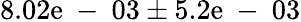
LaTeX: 8.02\mathrm{e}\mathrm{{~-~}}03\pm5.2\mathrm{e}\mathrm{{~-~}}03